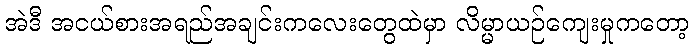
အဲဒီ အငယ်စားအရည်အချင်းကလေးတွေထဲမှာ လိမ္မာယဉ်ကျေးမှုကတော့